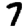
Digit: 7